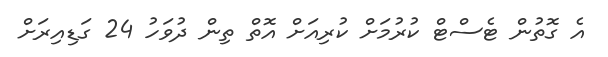
އެ ގޮތުން ޓެސްޓް ކުރުމަށް ކުރިއަށް އޮތް ތިން ދުވަހު 24 ގަޑިއިރަށް